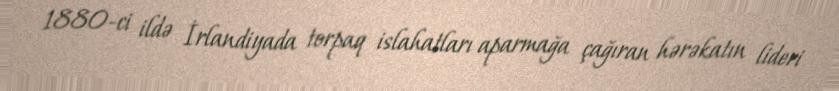
1880-ci ildə İrlandiyada torpaq islahatları aparmağa çağıran hərəkatın lideri